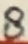
Text: 8